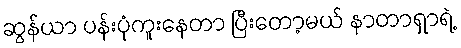
ဆွန်ယာ ပန်းပုံကူးနေတာ ပြီးတော့မယ် နာတာရှာရဲ့